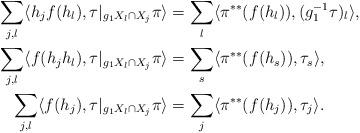
LaTeX: \begin{align*}\sum_{j,l}\langle h_jf(h_l),\tau|_{g_1X_l\cap X_j}\pi \rangle&=\sum_l\langle \pi^{**}(f(h_l)),(g_1^{-1}\tau)_l \rangle,\\\sum_{j,l}\langle f(h_jh_l),\tau|_{g_1X_l\cap X_j}\pi \rangle&=\sum_s\langle \pi^{**}(f(h_s)), \tau_s \rangle,\\\sum_{j, l}\langle f(h_j),\tau|_{g_1X_l\cap X_j}\pi \rangle&=\sum_j\langle \pi^{**}(f(h_j)),\tau_j \rangle.\end{align*}